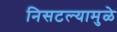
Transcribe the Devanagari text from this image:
निसटल्यामुळे